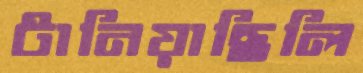
টানিয়াছিলি